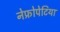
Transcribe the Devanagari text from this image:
नेफ्रोपेटिया